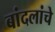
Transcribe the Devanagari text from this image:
बांदलांचे